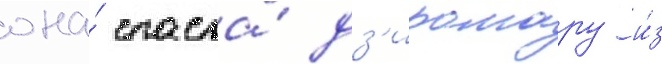
она́ спасла́ дз'иромару и́з